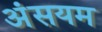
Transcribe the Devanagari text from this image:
अंसयम